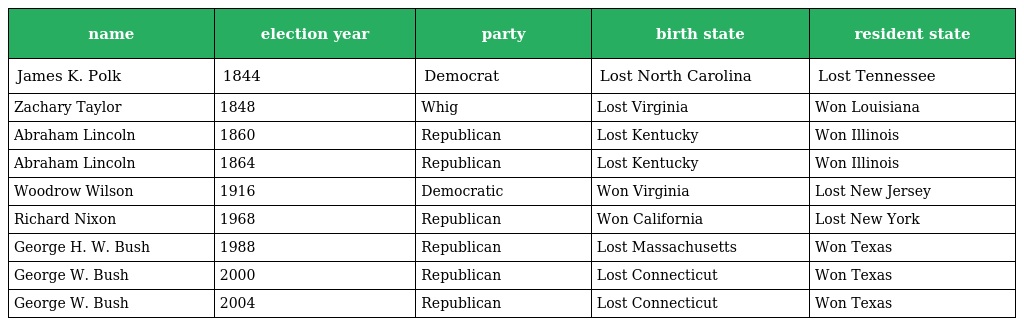
| name | election year | party | birth state | resident state |
 | --- | --- | --- | --- | --- |
 | James K. Polk | 1844 | Democrat | Lost North Carolina | Lost Tennessee |
 | Zachary Taylor | 1848 | Whig | Lost Virginia | Won Louisiana |
 | Abraham Lincoln | 1860 | Republican | Lost Kentucky | Won Illinois |
 | Abraham Lincoln | 1864 | Republican | Lost Kentucky | Won Illinois |
 | Woodrow Wilson | 1916 | Democratic | Won Virginia | Lost New Jersey |
 | Richard Nixon | 1968 | Republican | Won California | Lost New York |
 | George H. W. Bush | 1988 | Republican | Lost Massachusetts | Won Texas |
 | George W. Bush | 2000 | Republican | Lost Connecticut | Won Texas |
 | George W. Bush | 2004 | Republican | Lost Connecticut | Won Texas |